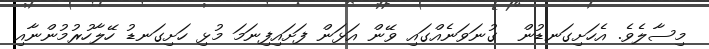
މިސާލެވެ. އެހަށިގަނޑުން  ގުނަވަނެއްގައި ވޭން އަޅަން ފަށައިފިނަމަ މުޅި ހަށިގަނޑު ހޭލާހުރުމުންނާއި